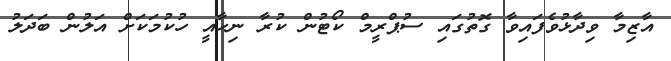
އާޒިމާ ވިދާޅުވެފައިވާ ގޮތުގައި ސުޕްރީމް ކޯޓުން ކުރާ ނިހާއީ ހުކުމަކަށް އަލުން ބަދަލު